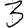
Digit: 3